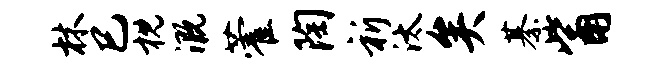
林巳枕溉藿陶祈汰矣綦觜